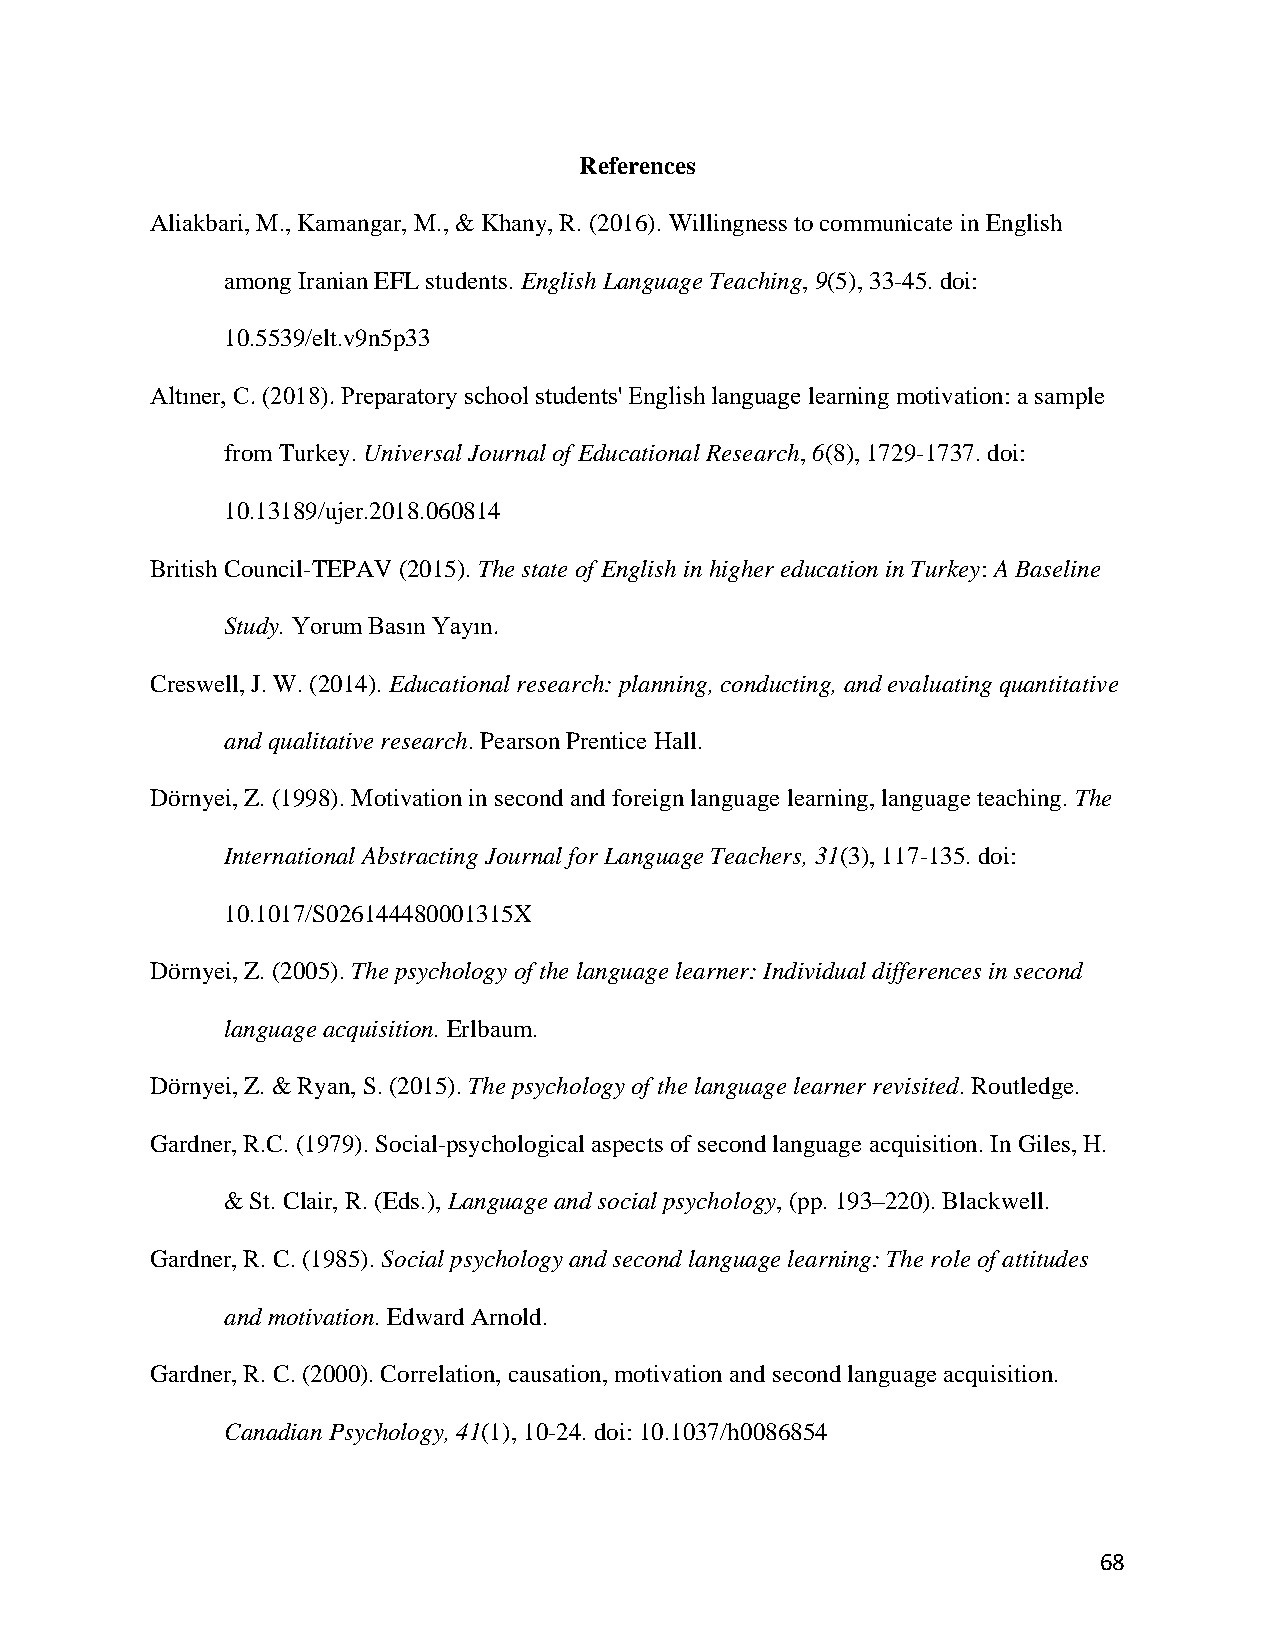
References
 Aliakbari, M., Kamangar, M., & Khany, R. (2016). Willingness to communicate in English
 among Iranian EFL students. English Language Teaching, 9(5), 33-45. doi:
 10.5539/elt.v9n5p33
 Altıner, C. (2018). Preparatory school students' English language learning motivation: a sample
 from Turkey. Universal Journal of Educational Research, 6(8), 1729-1737. doi:
 10.13189/ujer.2018.060814
 British Council-TEPAV (2015). The state of English in higher education in Turkey: A Baseline
 Study. Yorum Basın Yayın.
 Creswell, J. W. (2014). Educational research: planning, conducting, and evaluating quantitative
 and qualitative research. Pearson Prentice Hall.
 Dörnyei, Z. (1998). Motivation in second and foreign language learning, language teaching. The
 International Abstracting Journal for Language Teachers, 31(3), 117-135. doi:
 10.1017/S026144480001315X
 Dörnyei, Z. (2005). The psychology of the language learner: Individual differences in second
 language acquisition. Erlbaum.
 Dörnyei, Z. & Ryan, S. (2015). The psychology of the language learner revisited. Routledge.
 Gardner, R.C. (1979). Social-psychological aspects of second language acquisition. In Giles, H.
 & St. Clair, R. (Eds.), Language and social psychology, (pp. 193–220). Blackwell.
 Gardner, R. C. (1985). Social psychology and second language learning: The role of attitudes
 and motivation. Edward Arnold.
 Gardner, R. C. (2000). Correlation, causation, motivation and second language acquisition.
 Canadian Psychology, 41(1), 10-24. doi: 10.1037/h0086854
 68